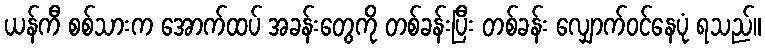
ယန်ကီ စစ်သားက အောက်ထပ် အခန်းတွေကို တစ်ခန်းပြီး တစ်ခန်း လျှောက်ဝင်နေပုံ ရသည်။